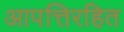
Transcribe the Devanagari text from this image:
आपत्तिरहित